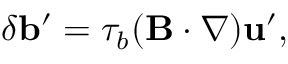
\delta { \bf { b } } ^ { \prime } = \tau _ { b } ( { \bf { B } } \cdot \nabla ) { \bf { u } } ^ { \prime } ,